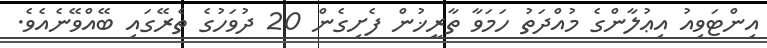
އިންޓަވިއު އިޢުލާންގެ މުއްދަތު ހަމަވާ ތާރީޚުން ފެށިގެން 20 ދުވަހުގެ ތެރޭގައި ބޭއްވޭނެއެވެ.